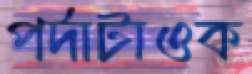
পর্দাটাওক